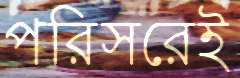
পরিসরেই